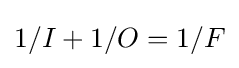
1/I+1/O=1/F